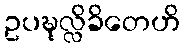
ဥပဍ္ဎုလ္လိခိတေဟိ